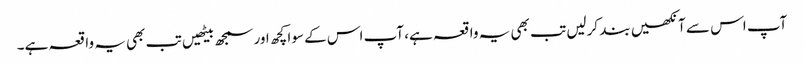
آپ اس سے آنکھیں بند کرلیں تب بھی یہ واقعہ ہے، آپ اس کے سوا کچھ اور سمجھ بیٹھیں تب بھی یہ واقعہ ہے۔